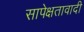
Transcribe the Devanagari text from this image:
सापेक्षतावादी